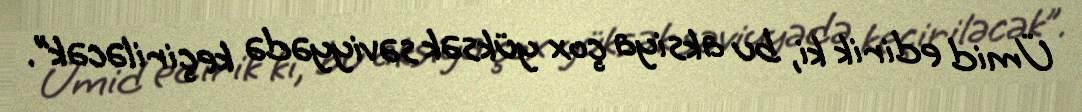
Ümid edirik ki, bu aksiya çox yüksək səviyyədə keçiriləcək”.